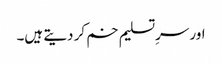
اور سرِتسلیم خم کر دیتے ہیں۔